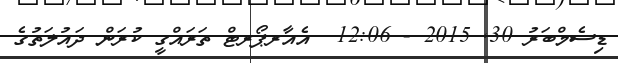
ޑިސެމްބަރު 30